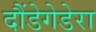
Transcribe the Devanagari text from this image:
दौंडेगेडेरा